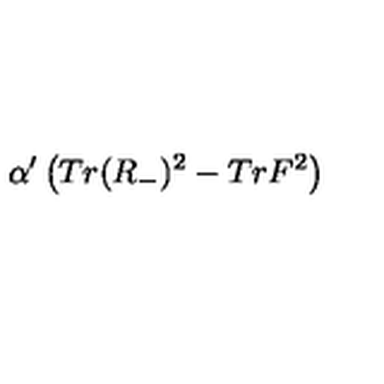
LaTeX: \alpha ^ { \prime } \left( T r ( R _ { - } ) ^ { 2 } - T r F ^ { 2 } \right)